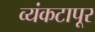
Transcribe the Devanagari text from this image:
व्यंकटापूर